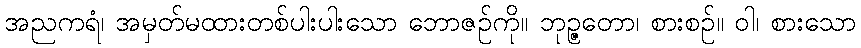
အညကရံ၊ အမှတ်မထားတစ်ပါးပါးသော ဘောဇဉ်ကို။ ဘုဉ္ဇတော၊ စားစဉ်။ ဝါ၊ စားသော